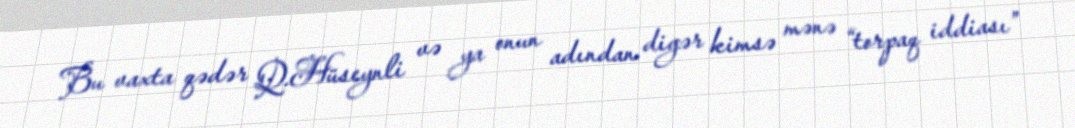
Bu vaxta qədər Q.Hüseynli və ya onun adından digər kimsə mənə “torpaq iddiası”